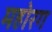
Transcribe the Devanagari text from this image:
महोरग